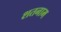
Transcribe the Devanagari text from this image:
शतनाम